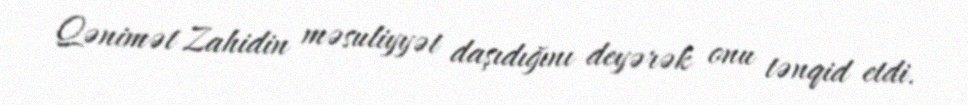
Qənimət Zahidin məsuliyyət daşıdığını deyərək onu tənqid etdi.